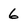
Character: 6